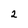
Character: 2